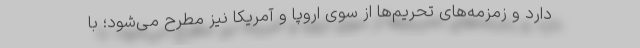
دارد و زمزمه‌های تحریم‌ها از سوی اروپا و آمریکا نیز مطرح می‌شود؛ با